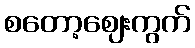
စတော့ဈေးကွက်